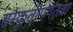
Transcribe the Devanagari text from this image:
संस्कृतीपर्यंतचा